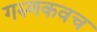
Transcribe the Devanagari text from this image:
गरुणकवच